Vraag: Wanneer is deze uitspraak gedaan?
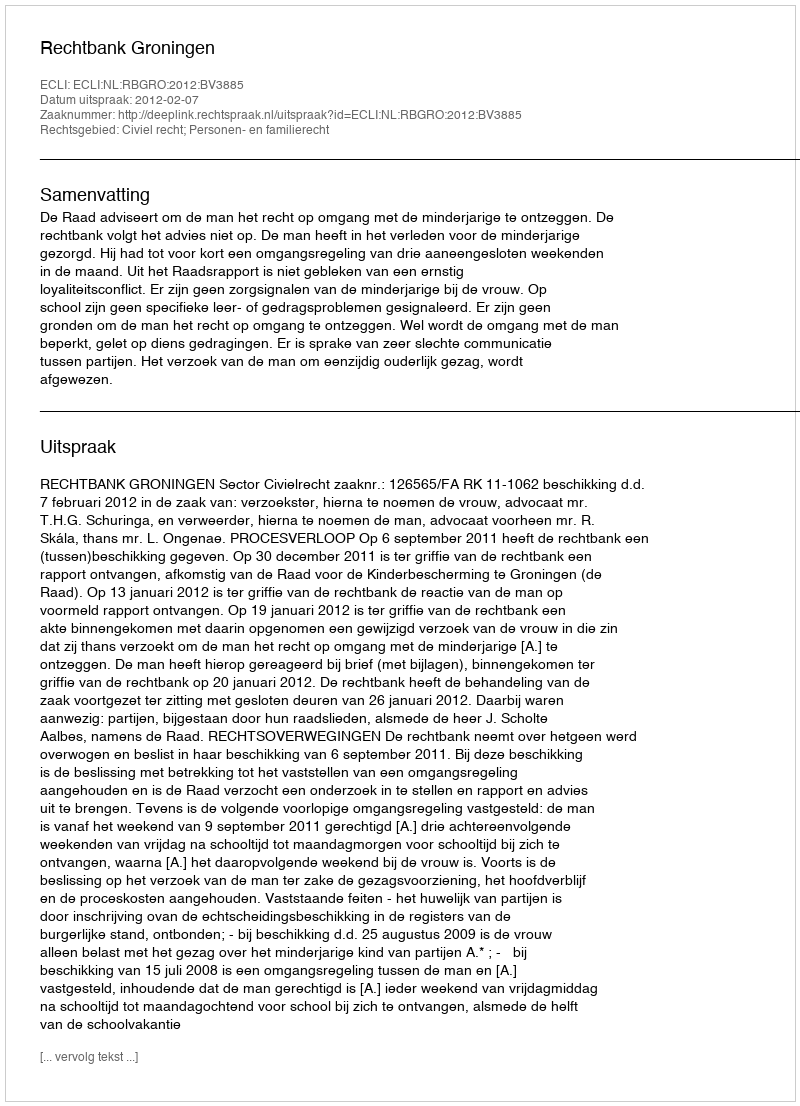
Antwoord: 2012-02-07